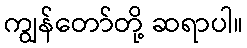
ကျွန်တော်တို့ ဆရာပါ။